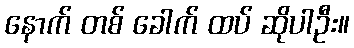
နောက် တစ် ခေါက် ထပ် ဆိုပါဦး။